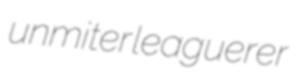
unmiter leaguerer